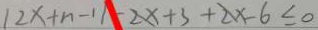
1 2 x + n - 1 1 - 2 x + 3 + 2 x - 6 \leq 0